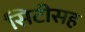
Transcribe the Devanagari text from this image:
सिटीसह